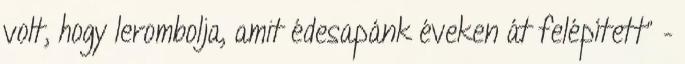
volt, hogy lerombolja, amit édesapánk éveken át felépített” –